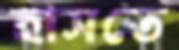
হাসতে